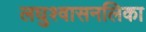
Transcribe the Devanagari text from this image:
लघुश्वासनलिका